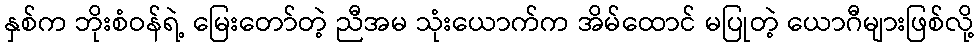
နှစ်က ဘိုးစံဝန်ရဲ့ မြေးတော်တဲ့ ညီအမ သုံးယောက်က အိမ်ထောင် မပြုတဲ့ ယောဂီများဖြစ်လို့